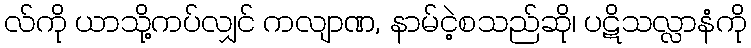
လ်ကို ယာသို့ကပ်လျှင် ကလျာဏ, နာမ်ငဲ့စသည်ဆို၊ ပဋိသလ္လာနံကို